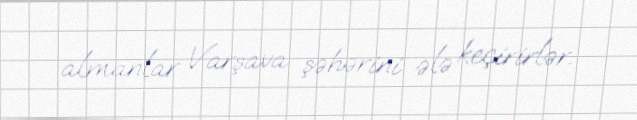
almanlar Varşava şəhərini ələ keçirirlər.